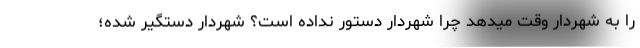
را به شهردار وقت میدهد چرا شهردار دستور نداده است؟ شهردار دستگیر شده؛